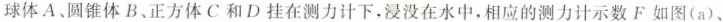
的球体A、圆锥体B、正方体C和D挂在测力计下，浸没在水中，相应的测力计示数F如图(a)、